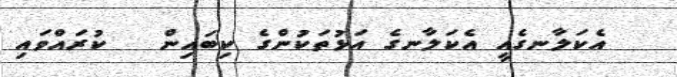
އެކަލާނގެއީ އެކަލާނގެ އަޅުތަކުންގެ ކިބައިން   ކުރައްވައި